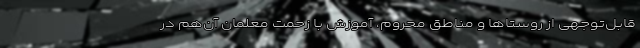
قابل‌توجهی از روستاها و مناطق محروم، آموزش با زحمت معلمان آن‌هم در